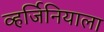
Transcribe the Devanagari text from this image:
व्हर्जिनियाला